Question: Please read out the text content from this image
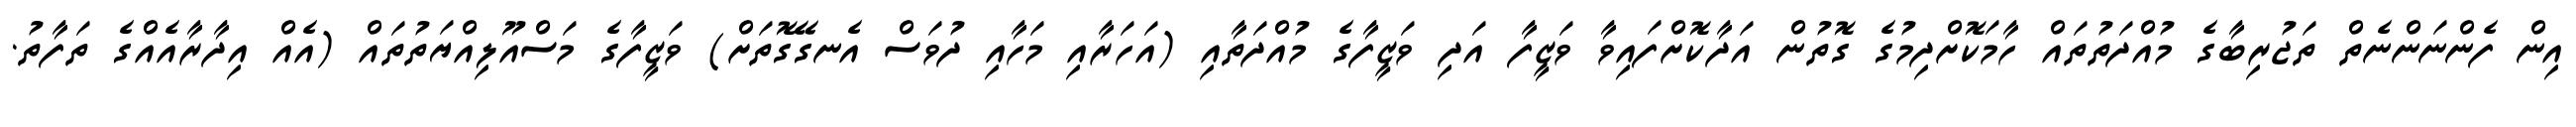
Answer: އިން ފެންނަންނެތް ތަޖުރިބާގެ މުއްދަތުތައް ހާމަކޮށްދިމުގެ ގޮތުން އަދާކޮށްފައިވާ ވަޒީފާ އަދި ވަޒީފާގެ މުއްދަތާއި (އަހަރާއި މަހާއި ދުވަސް އެނގޭގޮތަށް) ވަޒީފާގެ މަސްއޫލިއްޔަތުތައް (އެއް އިދާރާއެއްގެ ތަފާތު.